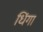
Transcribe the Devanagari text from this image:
धिंगा